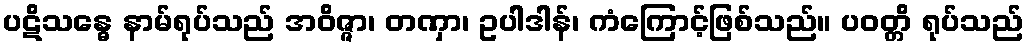
ပဋိသန္ဓေ နာမ်ရုပ်သည် အဝိဇ္ဇာ၊ တဏှာ၊ ဥပါဒါန်၊ ကံကြောင့်ဖြစ်သည်။ ပဝတ္တိ ရုပ်သည်